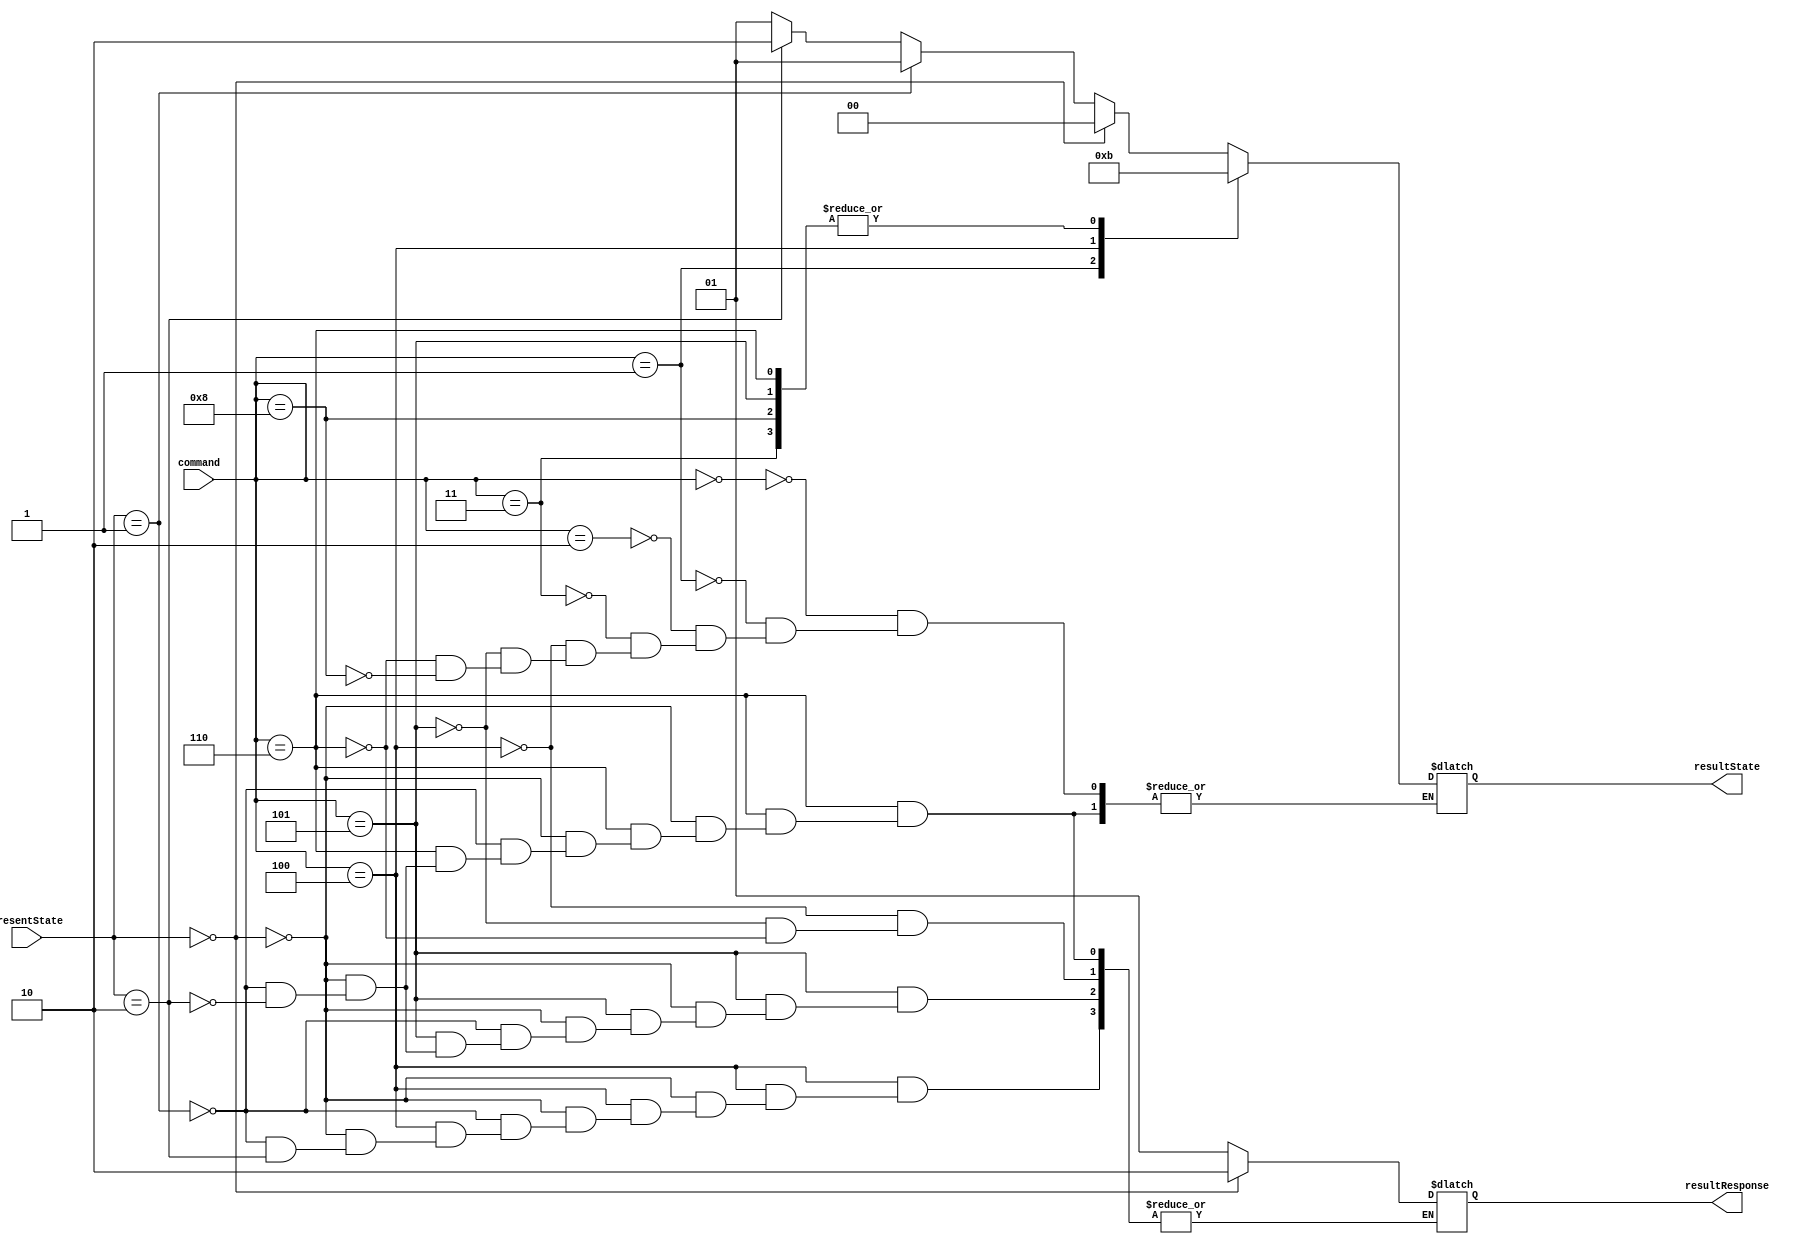
/*

sample simulation of MESI protocol

*/

module cache_Mesi_new(
input [1:0]presentState,
input [3:0]command,
output reg [1:0]resultState,
output reg [1:0]resultResponse
);

parameter M   =   2'b00;
parameter E   =   2'b01;
parameter S   =   2'b10;
parameter I   =   2'b11;

parameter NoHIT   = 2'b00;
parameter HIT     = 2'b01;
parameter HITM    = 2'b10;

parameter L1_read           =   4'b0000;
parameter L1_write          =   4'b0001;
parameter L1_inst_read      =   4'b0010;
parameter snoop_invalidate  =   4'b0011;
parameter snoop_read        =   4'b0100;
parameter snoop_write       =   4'b0101;
parameter snoop_readRFO     =   4'b0110;
parameter clear             =   4'b1000;
parameter print_cache       =   4'b1001;

always @(command,presentState)
begin
  case(command)
    L1_read:
      begin
        if(presentState == M)
          begin
            resultState = M;
          end
        else if(presentState == E)
          begin
            resultState = E;
          end
        else if(presentState == S)
          begin
            resultState = S;   
          end
        else
          begin
            resultState = E;  
          end
      end
    L1_write :
      begin
        if(presentState == M)
          begin
            resultState = M;
          end
        else if(presentState == E)
          begin
            resultState = M;
          end
        else if(presentState == S)
          begin
            resultState = M;
          end
        else
          begin
            resultState = M;
          end
      end
    L1_inst_read :
      begin
        if(presentState == M)
          begin
              resultState = M;
          end
        else if(presentState == E)
          begin
            resultState = E;
          end
        else if(presentState == S)
          begin
            resultState = S;   
          end
        else
          begin
            resultState = E;  
          end
      end
    snoop_invalidate :
      begin
        resultState = I;
      end  
    snoop_read :
      begin
        if(presentState == M)
          begin
              resultResponse = HITM;
              resultState = S;
          end
        else if(presentState == E)
          begin
              resultResponse = HIT;
              resultState = S;
          end
        else if(presentState == S)
          begin
            resultState = S;
          end
        else
          begin
            resultResponse = HIT;
            resultState = S;
          end
      end  
    snoop_write :
      begin
      if(presentState == M)
          begin
              resultResponse = HITM;
              resultState = I;
          end
        else if(presentState == E)
          begin
            resultResponse = HIT;
            resultState = I;
          end
        else if(presentState == S)
          begin
            resultResponse = HIT;
                resultState = I;
          end
        else
          begin
            resultState = I;
          end
        end  
    snoop_readRFO :
      begin
        if(presentState == M)
          begin
             resultResponse = HITM;
                  resultState = I;
          end
        else if(presentState == E)
          begin
             resultResponse = HIT;
             resultState = I;
          end
        else if(presentState == S)
          begin
         resultResponse = HIT;
               resultState = I;
          end
        else
          begin
            
          end
      end  
    clear:
      begin
        resultState = I;
      end  
    print_cache :
      begin
        
      end 
      endcase 
end

endmodule

/* begin  
  checkTag(2'b01,2'b10,check);
  $display("%d",check);
end

task checkTag;
  input [2:0]index;
  input [2:0]tag;
  output [2:0]condt;
  begin
    condt = 2'b11;
  end
  
endtask
*/